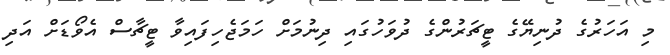
މި އަހަރުގެ ދުނިޔޭގެ ޓީޗަރުންގެ ދުވަހުގައި ދިނުމަށް ހަމަޖެހިފައިވާ ޓީޗާސް އެވޯޑަށް އަދި